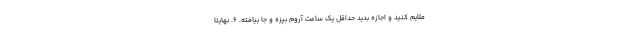
ملایم کنید و اجازه بدید حداقل یک ساعت آروم بپزه و جا بیافته. ۶. نهایتا